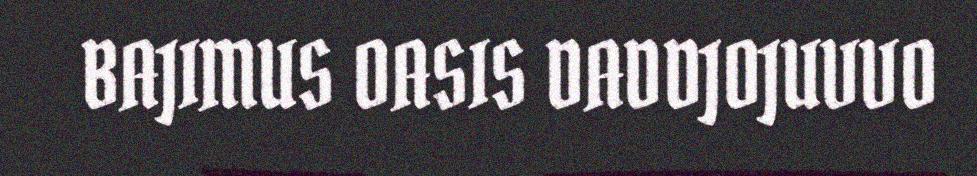
BAJIMUS OASIS DADDJOJUVVO